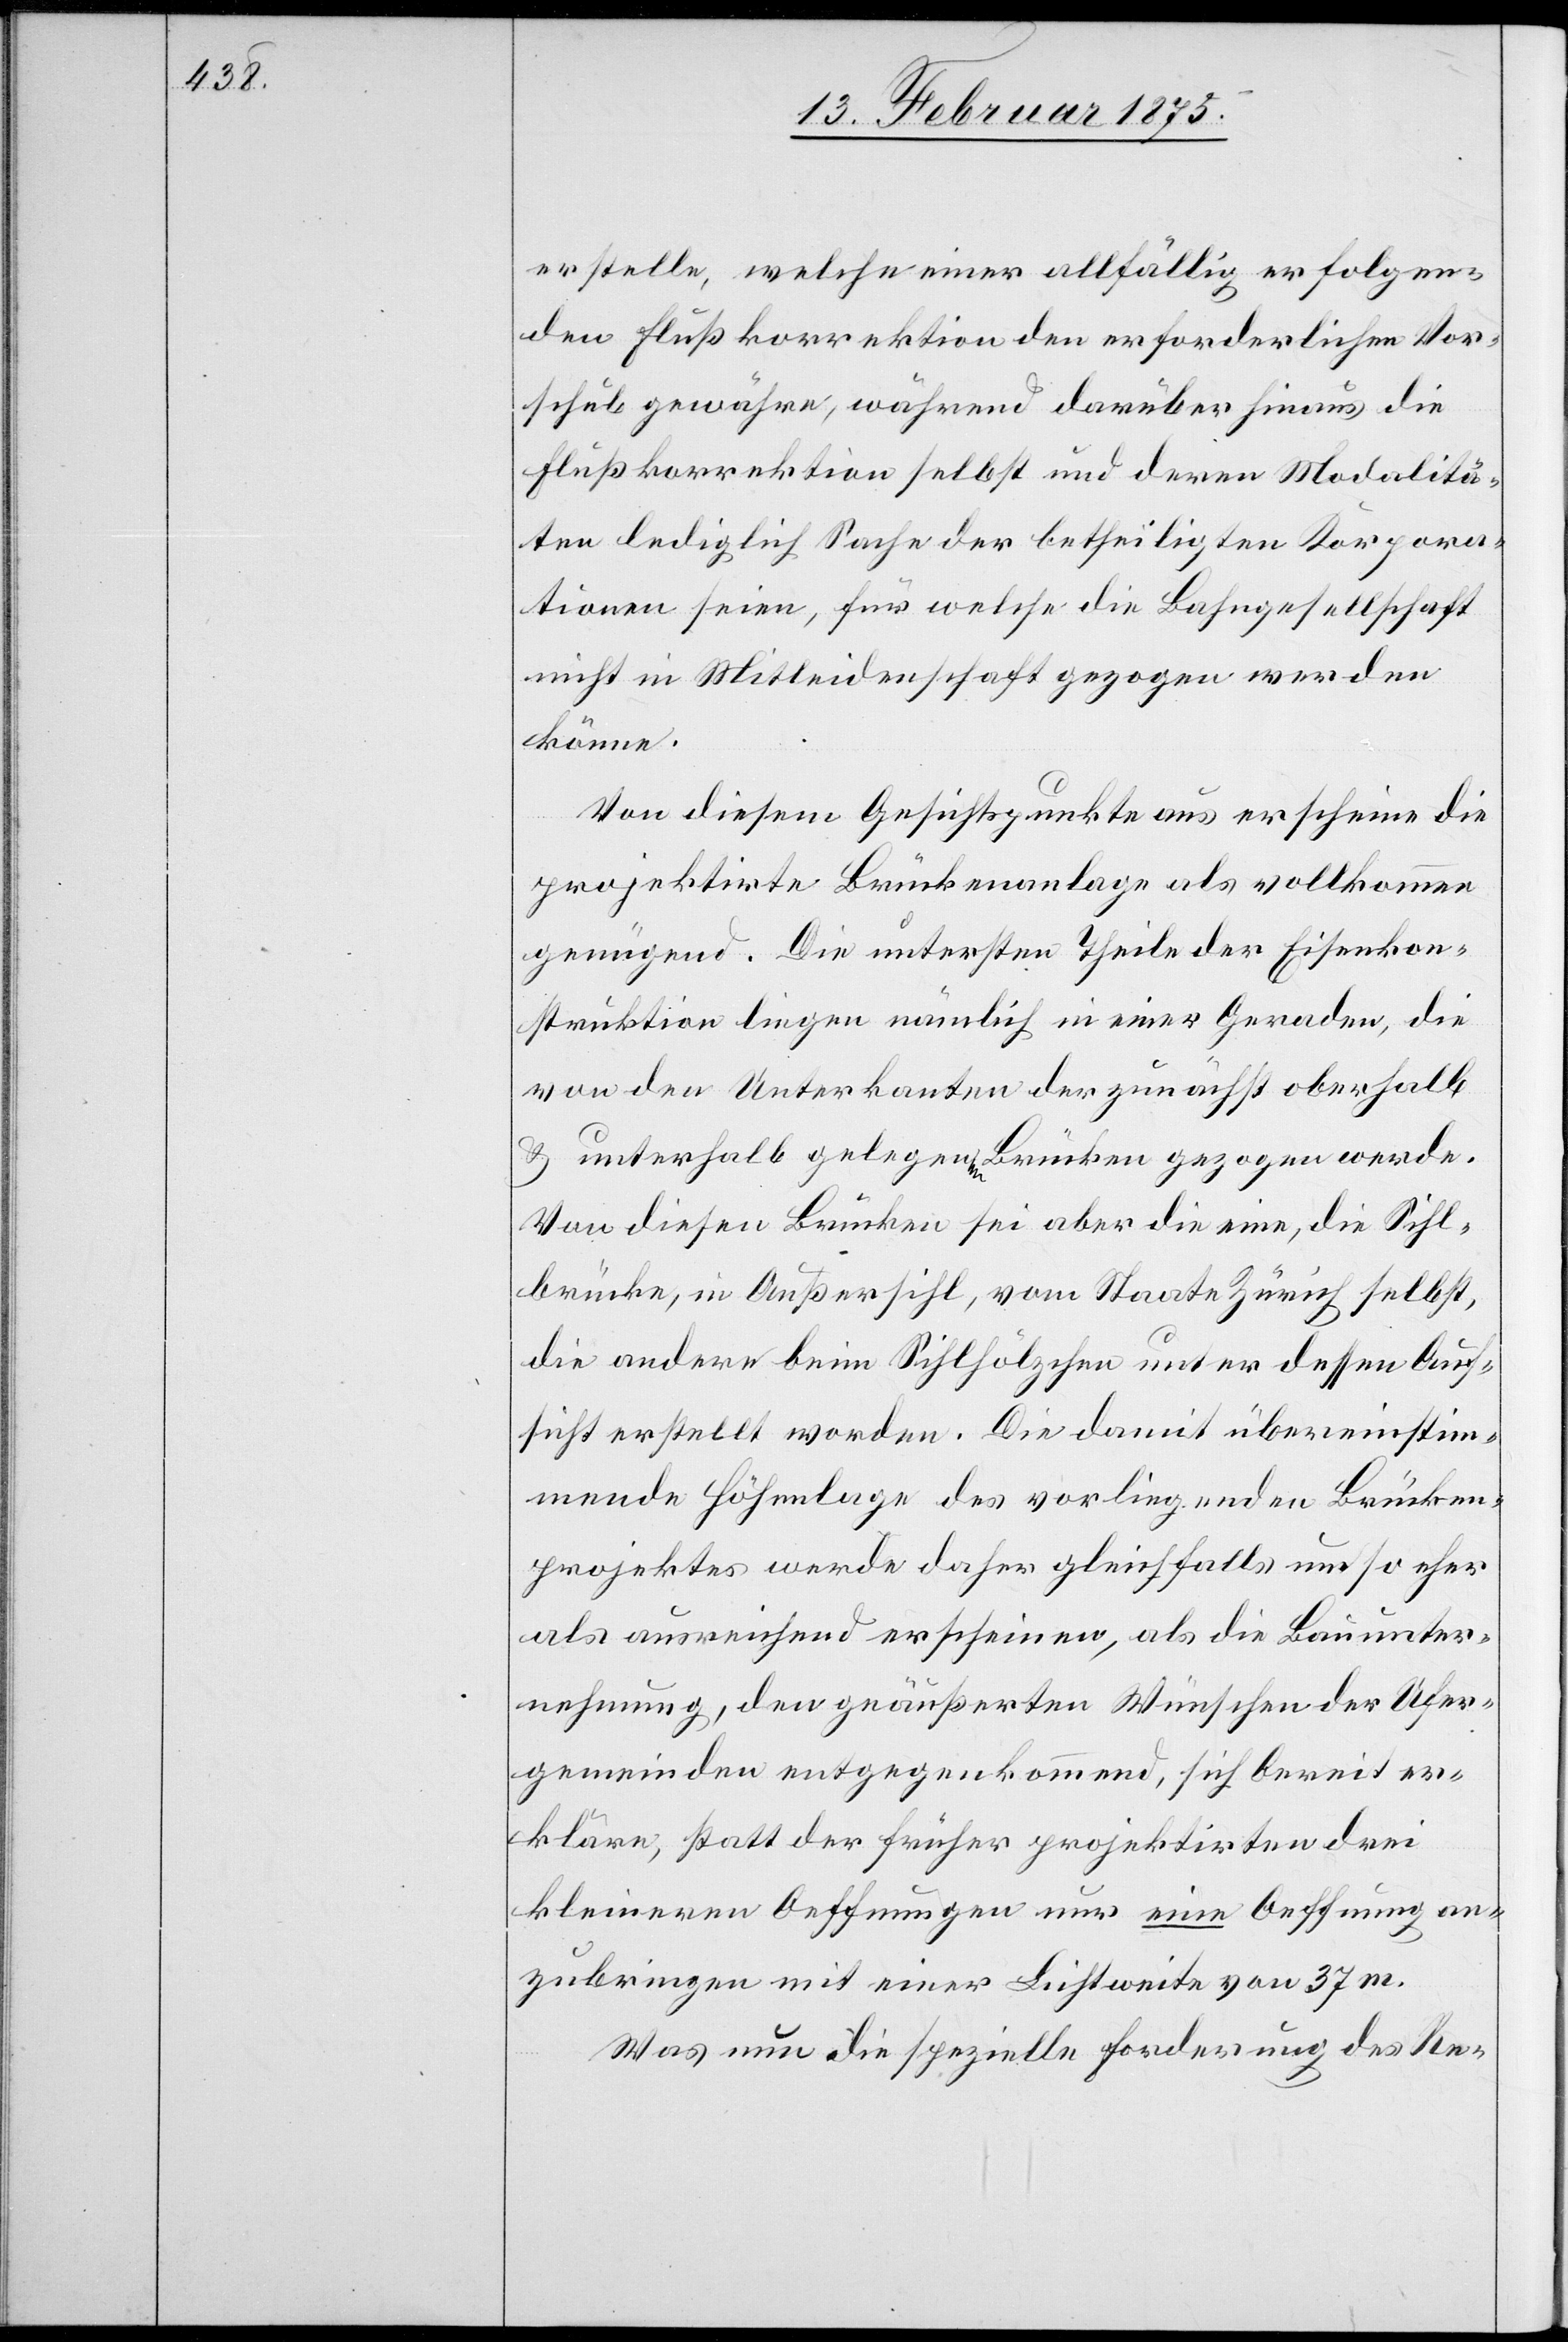
erstelle, welche einer allfällig erfolgen¬
den Flußkorrektion den erforderlichen Vor¬
schub gewähre, während darüber hinaus die
Flußkorrektion selbst und deren Modalitä¬
ten lediglich Sache der betheiligten Korpora¬
tionen seien, für welche die Bahngesellschaft
nicht in Mitleidenschaft gezogen werden
könne.
Von diesem Gesichtspunkte aus erscheine die
projektirte Brückenanlage als vollkommen
genügend. Die untersten Theile der Eisenkon¬
struktion liegen nämlich in einer Geraden, die
von den Unterkanten der zunächst oberhalb
& unterhalb gelegenen Brücke gezogen werde.
Von diesen Brücken sei aber die eine, die Sihl¬
brücke, in Außersihl, vom Staate Zürich selbst,
die andere beim Sihlhölzchen unter dessen Auf¬
sicht erstellt worden. Die damit übereinstim¬
mende Höhenlage des vorliegenden Brücken¬
projektes werde daher gleichfalls um so eher
als ausreichend erscheinen, als die Bauunter¬
nehmung, den geäußerten Wünschen der Ufer¬
gemeinden entgegenkommend, sich bereit er¬
kläre, statt der früher projektirten drei
kleineren Oeffnungen nur eine Oeffnung an¬
zubringen mit einer Lichtweite von 37m.
Was nun die spezielle Forderung des Re-